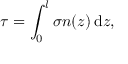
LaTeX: \tau = \int _ { 0 } ^ { l } \sigma n ( z ) \, \mathrm { d } z ,